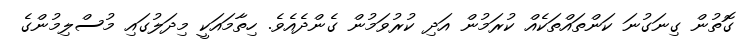
ގޮތުން ގިނަގުނަ ކަންތައްތަކެއް ކުރަމުން އަދި ކުރުވަމުން ގެންދެއެވެ. ހިތާމައަކީ މިދަލުގައި މުސްލިމުންގެ